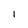
Character: I